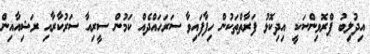
އިދުލިބު ޕްރޮވިންސަކީ އިދިކޮޅު ފަރާތްތަކުން ހިފާފައިވާ ސަރަހައްދެއް ކަމުން ސީރިއާ ސަރުކާރާއި ރަޝިއާއިން